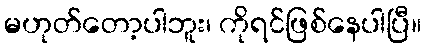
မဟုတ်တော့ပါဘူး၊ ကိုရင်ဖြစ်နေပါပြီ။